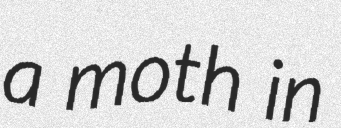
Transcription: a moth in